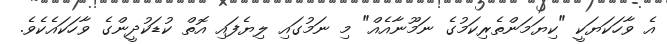
އެ ވާހަކަޔަކީ "ކިޔަމަންތެރިކަމުގެ ނަމޫނާއެއް" މި ނަމުގައި ލިޔެފައި އޮތް ކުޑަކުދީންގެ ވާހަކައެކެވެ.